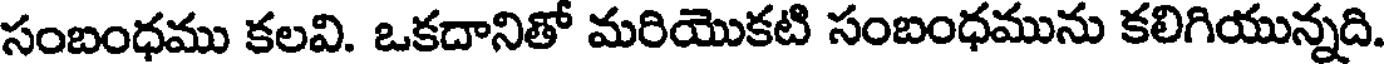
సంబంధము కలవి. ఒకదానితో మరియొకటి సంబంధమును కలిగియున్నది.